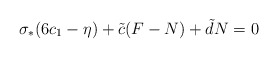
\begin{align*}\sigma_{*} (6c_{1} - \eta) + \tilde{c} (F-N) + \tilde{d}N = 0\end{align*}